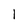
Character: 1